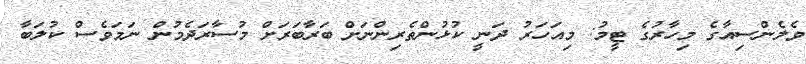
ވެލެންސިއާގެ މިހާރުގެ ޓީމު: މިއަހަރު ދަނީ ކުޅުންތެރިންނަށް ބަރާބަރަށް މުސާރަދެމުން ނަމަވެސް ކުލަބާ